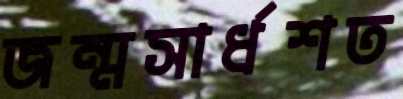
জন্মসার্ধশত